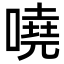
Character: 嘵